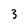
Character: 3